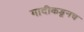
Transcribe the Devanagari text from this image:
गादीकडूनच